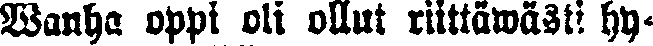
Wanha oppi oli ollut riittäwästi hy-